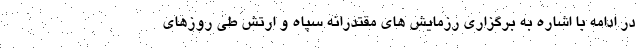
در ادامه با اشاره به برگزاری رزمایش های مقتدرانه سپاه و ارتش طی روزهای